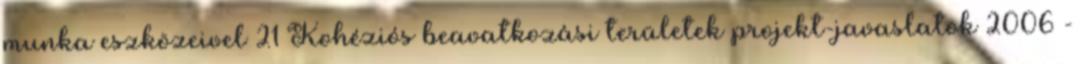
munka eszközeivel 21 Kohéziós beavatkozási területek projekt-javaslatok 2006 -